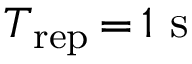
T _ { \mathrm { r e p } } \, { = } \, 1 ~ \mathrm { s }